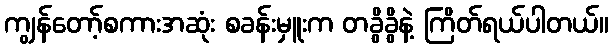
ကျွန်တော့်စကားအဆုံး စခန်းမှူးက တခွိခွိနဲ့ ကြိတ်ရယ်ပါတယ်။